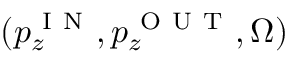
( p _ { z } ^ { \mathrm { ~ I ~ N ~ } } , p _ { z } ^ { \mathrm { ~ O ~ U ~ T ~ } } , \Omega )